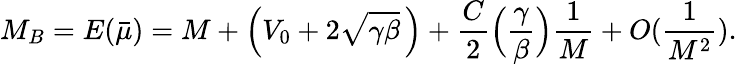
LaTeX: M_{B}=E({\bar{\mu}})=M+\Bigl(V_{0}+2\sqrt{\gamma\beta}\, \Bigr)+{\frac{C}{2}}\Bigl({\frac{\gamma}{\beta}}\Bigr){\frac{1}{M}}+O({\frac{1}{M^{2}}}).